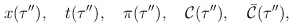
\begin{align*}x(\tau''),\quad t(\tau''),\quad\pi(\tau''),\quad{\cal C}(\tau''),\quad{\bar {\cal C}}(\tau''),\end{align*}